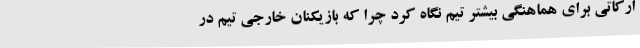
ارکاتی برای هماهنگی بیشتر تیم نگاه کرد چرا که بازیکنان خارجی تیم در